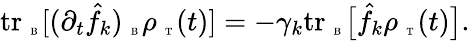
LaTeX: \begin{array}{r}{\mathrm{tr}_{\mathrm{~\tiny~B~}}[(\partial_{t}\hat{f}_{k})_{\mathrm{~\tiny~B~}}\rho_{\mathrm{~\tiny~T~}}(t)]=-\gamma_{k}\mathrm{tr}_{\mathrm{~\tiny~B~}}\big[\hat{f}_{k}\rho_{\mathrm{~\tiny~T~}}(t)\big].}\end{array}